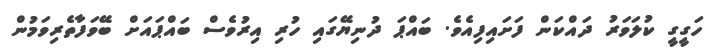
ހަގީގީ ކުލަވަރު ދައްކަން ފަށައިފިއެވެ. ބައްޕަ ދުނިޔޭގައި ހުރި އިރުވެސް ބައްޕައަށް ބޭވަފާތެރިވަމުން